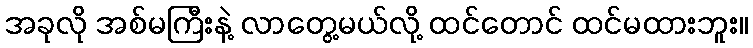
အခုလို အစ်မကြီးနဲ့ လာတွေ့မယ်လို့ ထင်တောင် ထင်မထားဘူး။